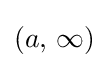
{\textstyle \left(a,\,\infty \right)}